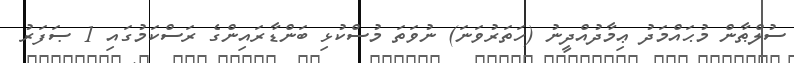
ސުލްޠާން މުޙައްމަދު ޢިމާދުއްދީނު (ހަތަރުވަނަ) ނުވަތަ މުސްކުޅި ބަންޑާރައިންގެ ރަސްކަމުގައި 1 ޞަފަރު